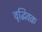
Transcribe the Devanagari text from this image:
वृद्धिवक्र